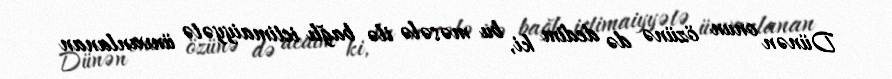
Dünən onun özünə də dedim ki, bu məsələ ilə bağlı ictimaiyyətə ünvanlanan